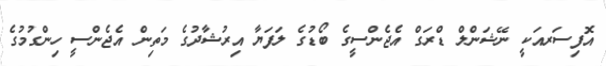
އޮފިސަރއަކީ ނޭޝަންލް ޑްރަގް އެޖެންސީގެ ބޯޑުގެ ލަފަޔާ އިރުޝާދުގެ މަތިން އެޖެންސީ ހިންގުމުގެ